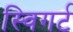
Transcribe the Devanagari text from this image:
स्विगर्ट